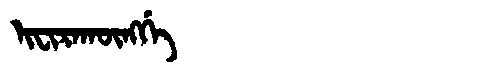
Manchu: ᡳᠸᡳᡵᠠᡴᡡᠩᡤᡝ
Romanization: IFIRAKŪNGGE